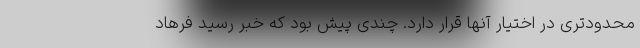
محدودتری در اختیار آنها قرار دارد. چندی پیش بود که خبر رسید فرهاد